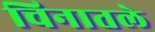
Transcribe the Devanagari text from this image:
चिनातले